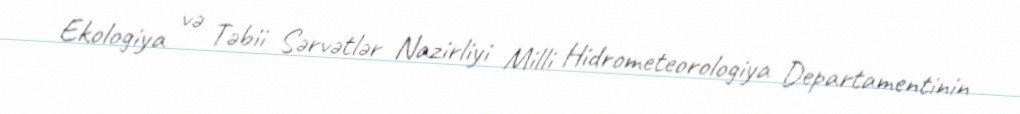
Ekologiya və Təbii Sərvətlər Nazirliyi Milli Hidrometeorologiya Departamentinin